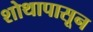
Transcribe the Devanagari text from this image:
शोथापासून